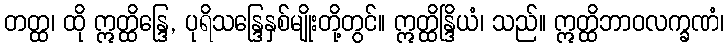
တတ္ထ၊ ထို ဣတ္ထိန္ဒြေ, ပုရိသန္ဒြေနှစ်မျိုးတို့တွင်။ ဣတ္ထိန္ဒြိယံ၊ သည်။ ဣတ္ထိဘာဝလက္ခဏံ၊